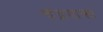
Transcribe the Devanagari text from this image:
चंद्रवाक्य